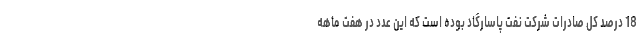
18 درصد کل صادرات شرکت نفت پاسارگاد بوده است که این عدد در هفت ماهه